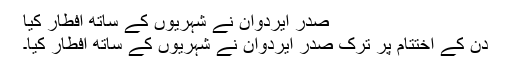
صدر ایردوان نے شہریوں کے ساتھ افطار کیا
دن کے اختتام پر ترک صدر ایردوان نے شہریوں کے ساتھ افطار کیا۔